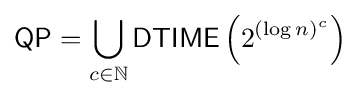
{\mathsf {QP}}=\bigcup _{c\in \mathbb {N} }{\mathsf {DTIME}}\left(2^{(\log n)^{c}}\right)